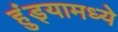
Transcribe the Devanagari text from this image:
हुंड्यामध्ये